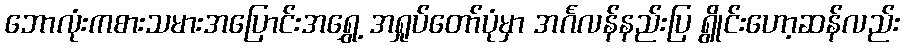
ဘောလုံးကစားသမားအပြောင်းအရွှေ့ အရှုပ်တော်ပုံမှာ အင်္ဂလန်နည်းပြ ရွိုင်းဟော့ဆန်လည်း